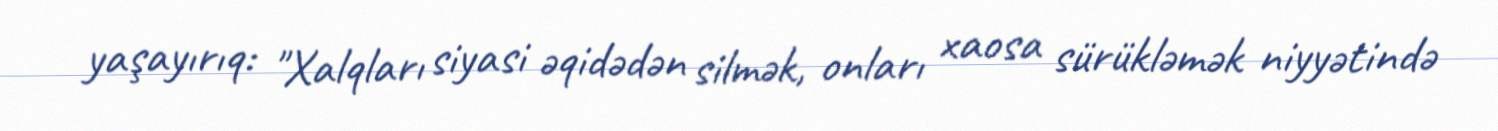
yaşayırıq: "Xalqları siyasi əqidədən silmək, onları xaosa sürükləmək niyyətində